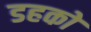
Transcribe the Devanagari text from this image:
डहकों